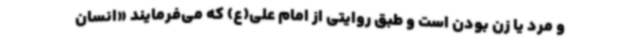
و مرد یا زن بودن است و طبق روایتی از امام علی(ع) که می‌فرمایند «انسان